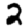
Digit: 2